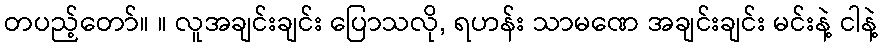
တပည့်တော်။ ။ လူအချင်းချင်း ပြောသလို, ရဟန်း သာမဏေ အချင်းချင်း မင်းနဲ့ ငါနဲ့